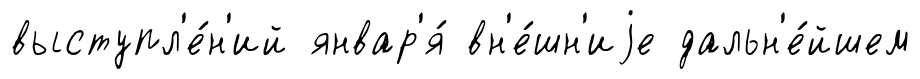
выступл'е́н'ий январ'я́ вн'е́шн'иjе дальн'е́йшем